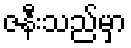
ဇနီးသည်မှာ